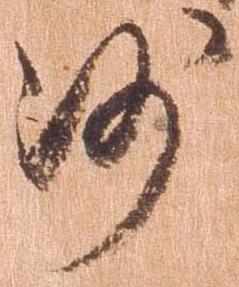
沙